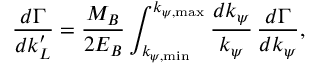
\frac { d \Gamma } { d k _ { L } ^ { \prime } } = \frac { M _ { B } } { 2 E _ { B } } \int _ { k _ { \psi , \mathrm { m i n } } } ^ { k _ { \psi , \mathrm { m a x } } } \frac { d k _ { \psi } } { k _ { \psi } } \, \frac { d \Gamma } { d k _ { \psi } } ,